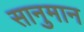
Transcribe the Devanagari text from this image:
सानुमान